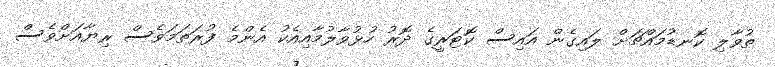
ތުވާލި ކޮނޑުމައްޗަށް ލައިގެން އައިސް ކޮޓަރީގެ ދޮރު ހުޅުވާލުމާއިއެކު އެންމެ ފުރަތަމަވެސް ރިޔާއަށްވެސް